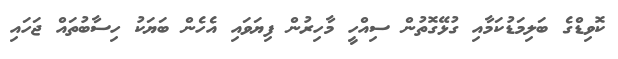
ކޮވިޑްގެ ބަލިމަޑުކަމާއި ގުޅޭގޮތުން ސިއްހީ މާހިރުން ފިޔަވައި އެހެން ބަޔަކު ހިސާބުތައް ޖަހައި